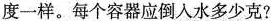
度一样。每个容器应倒入水多少克？